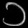
Digit: ၁